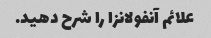
علائم آنفولانزا را شرح دهید.